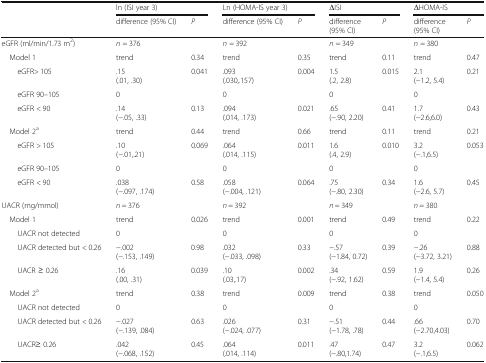
<table><thead><tr><td></td><td colspan="2"><b>ln (ISI year 3)</b></td><td colspan="2"><b>Ln (HOMA-IS year 3)</b></td><td colspan="2"><b>ΔISI</b></td><td colspan="2"><b>ΔHOMA-IS</b></td></tr><tr><td></td><td><b>difference (95% CI)</b></td><td><b><i>P</i></b></td><td><b>difference (95% CI)</b></td><td><b><i>P</i></b></td><td><b>difference(95% CI)</b></td><td><b><i>P</i></b></td><td><b>difference(95% CI)</b></td><td><b><i>P</i></b></td></tr></thead><tbody><tr><td>eGFR (ml/min/1.73 m<sup>2</sup>)</td><td><i>n</i> = 376</td><td></td><td><i>n</i> = 392</td><td></td><td><i>n</i> = 349</td><td></td><td><i>n</i> = 380</td><td></td></tr><tr><td> Model 1</td><td>trend</td><td>0.34</td><td>trend</td><td>0.35</td><td>trend</td><td>0.11</td><td>trend</td><td>0.47</td></tr><tr><td>eGFR&gt; 105</td><td>.15(.01, .30)</td><td>0.041</td><td>.093(.030,.157)</td><td>0.004</td><td>1.5(.2, 2.8)</td><td>0.015</td><td>2.1(−1.2, 5.4)</td><td>0.21</td></tr><tr><td>eGFR 90–105</td><td>0</td><td></td><td>0</td><td></td><td>0</td><td></td><td>0</td><td></td></tr><tr><td>eGFR &lt; 90</td><td>.14(−.05, .33)</td><td>0.13</td><td>.094(.014, .173)</td><td>0.021</td><td>.65(−.90, 2.20)</td><td>0.41</td><td>1.7(−2.6,6.0)</td><td>0.43</td></tr><tr><td> Model 2<sup>a</sup></td><td>trend</td><td>0.44</td><td>trend</td><td>0.66</td><td>trend</td><td>0.11</td><td>trend</td><td>0.21</td></tr><tr><td>eGFR &gt; 105</td><td>.10(−.01,.21)</td><td>0.069</td><td>.064(.014, .115)</td><td>0.011</td><td>1.6(.4, 2.9)</td><td>0.010</td><td>3.2(−.1,6.5)</td><td>0.053</td></tr><tr><td>eGFR 90–105</td><td>0</td><td></td><td>0</td><td></td><td>0</td><td></td><td>0</td><td></td></tr><tr><td>eGFR &lt; 90</td><td>.038(−.097, .174)</td><td>0.58</td><td>.058(−.004, .121)</td><td>0.064</td><td>.75(−.80, 2.30)</td><td>0.34</td><td>1.6(−2.6, 5.7)</td><td>0.45</td></tr><tr><td>UACR (mg/mmol)</td><td><i>n</i> = 376</td><td></td><td><i>n</i> = 392</td><td></td><td><i>n</i> = 349</td><td></td><td><i>n</i> = 380</td><td></td></tr><tr><td> Model 1</td><td>trend</td><td>0.026</td><td>trend</td><td>0.001</td><td>trend</td><td>0.49</td><td>trend</td><td>0.22</td></tr><tr><td>UACR not detected</td><td>0</td><td></td><td>0</td><td></td><td>0</td><td></td><td>0</td><td></td></tr><tr><td>UACR detected but &lt; 0.26</td><td>−.002(−.153, .149)</td><td>0.98</td><td>.032(−.033, .098)</td><td>0.33</td><td>−.57(−1.84, 0.72)</td><td>0.39</td><td>−.26(−3.72, 3.21)</td><td>0.88</td></tr><tr><td>UACR ≥ 0.26</td><td>.16(.00, .31)</td><td>0.039</td><td>.10(.03,.17)</td><td>0.002</td><td>.34(−.92, 1.62)</td><td>0.59</td><td>1.9(−1.4, 5.4)</td><td>0.26</td></tr><tr><td> Model 2<sup>a</sup></td><td>trend</td><td>0.38</td><td>trend</td><td>0.009</td><td>trend</td><td>0.38</td><td>trend</td><td>0.050</td></tr><tr><td>UACR not detected</td><td>0</td><td></td><td>0</td><td></td><td>0</td><td></td><td>0</td><td></td></tr><tr><td>UACR detected but &lt; 0.26</td><td>−.027(−.139, .084)</td><td>0.63</td><td>.026(−.024, .077)</td><td>0.31</td><td>−.51(−1.78, .78)</td><td>0.44</td><td>.66(−2.70,4.03)</td><td>0.70</td></tr><tr><td>UACR≥ 0.26</td><td>.042(−.068, .152)</td><td>0.45</td><td>.064(.014, .114)</td><td>0.011</td><td>.47(−.80,1.74)</td><td>0.47</td><td>3.2(−.1,6.5)</td><td>0.062</td></tr></tbody></table>